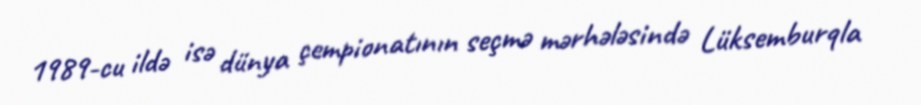
1989-cu ildə isə dünya çempionatının seçmə mərhələsində Lüksemburqla